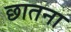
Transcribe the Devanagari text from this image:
छातना